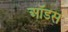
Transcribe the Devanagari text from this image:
ऑडस